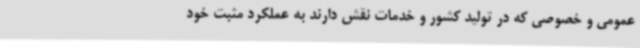
عمومی و خصوصی که در تولید کشور و خدمات نقش دارند به عملکرد مثبت خود